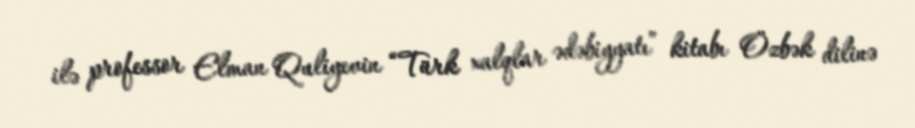
ilə professor Elman Quliyevin “Türk xalqlar ədəbiyyatı” kitabı Özbək dilinə